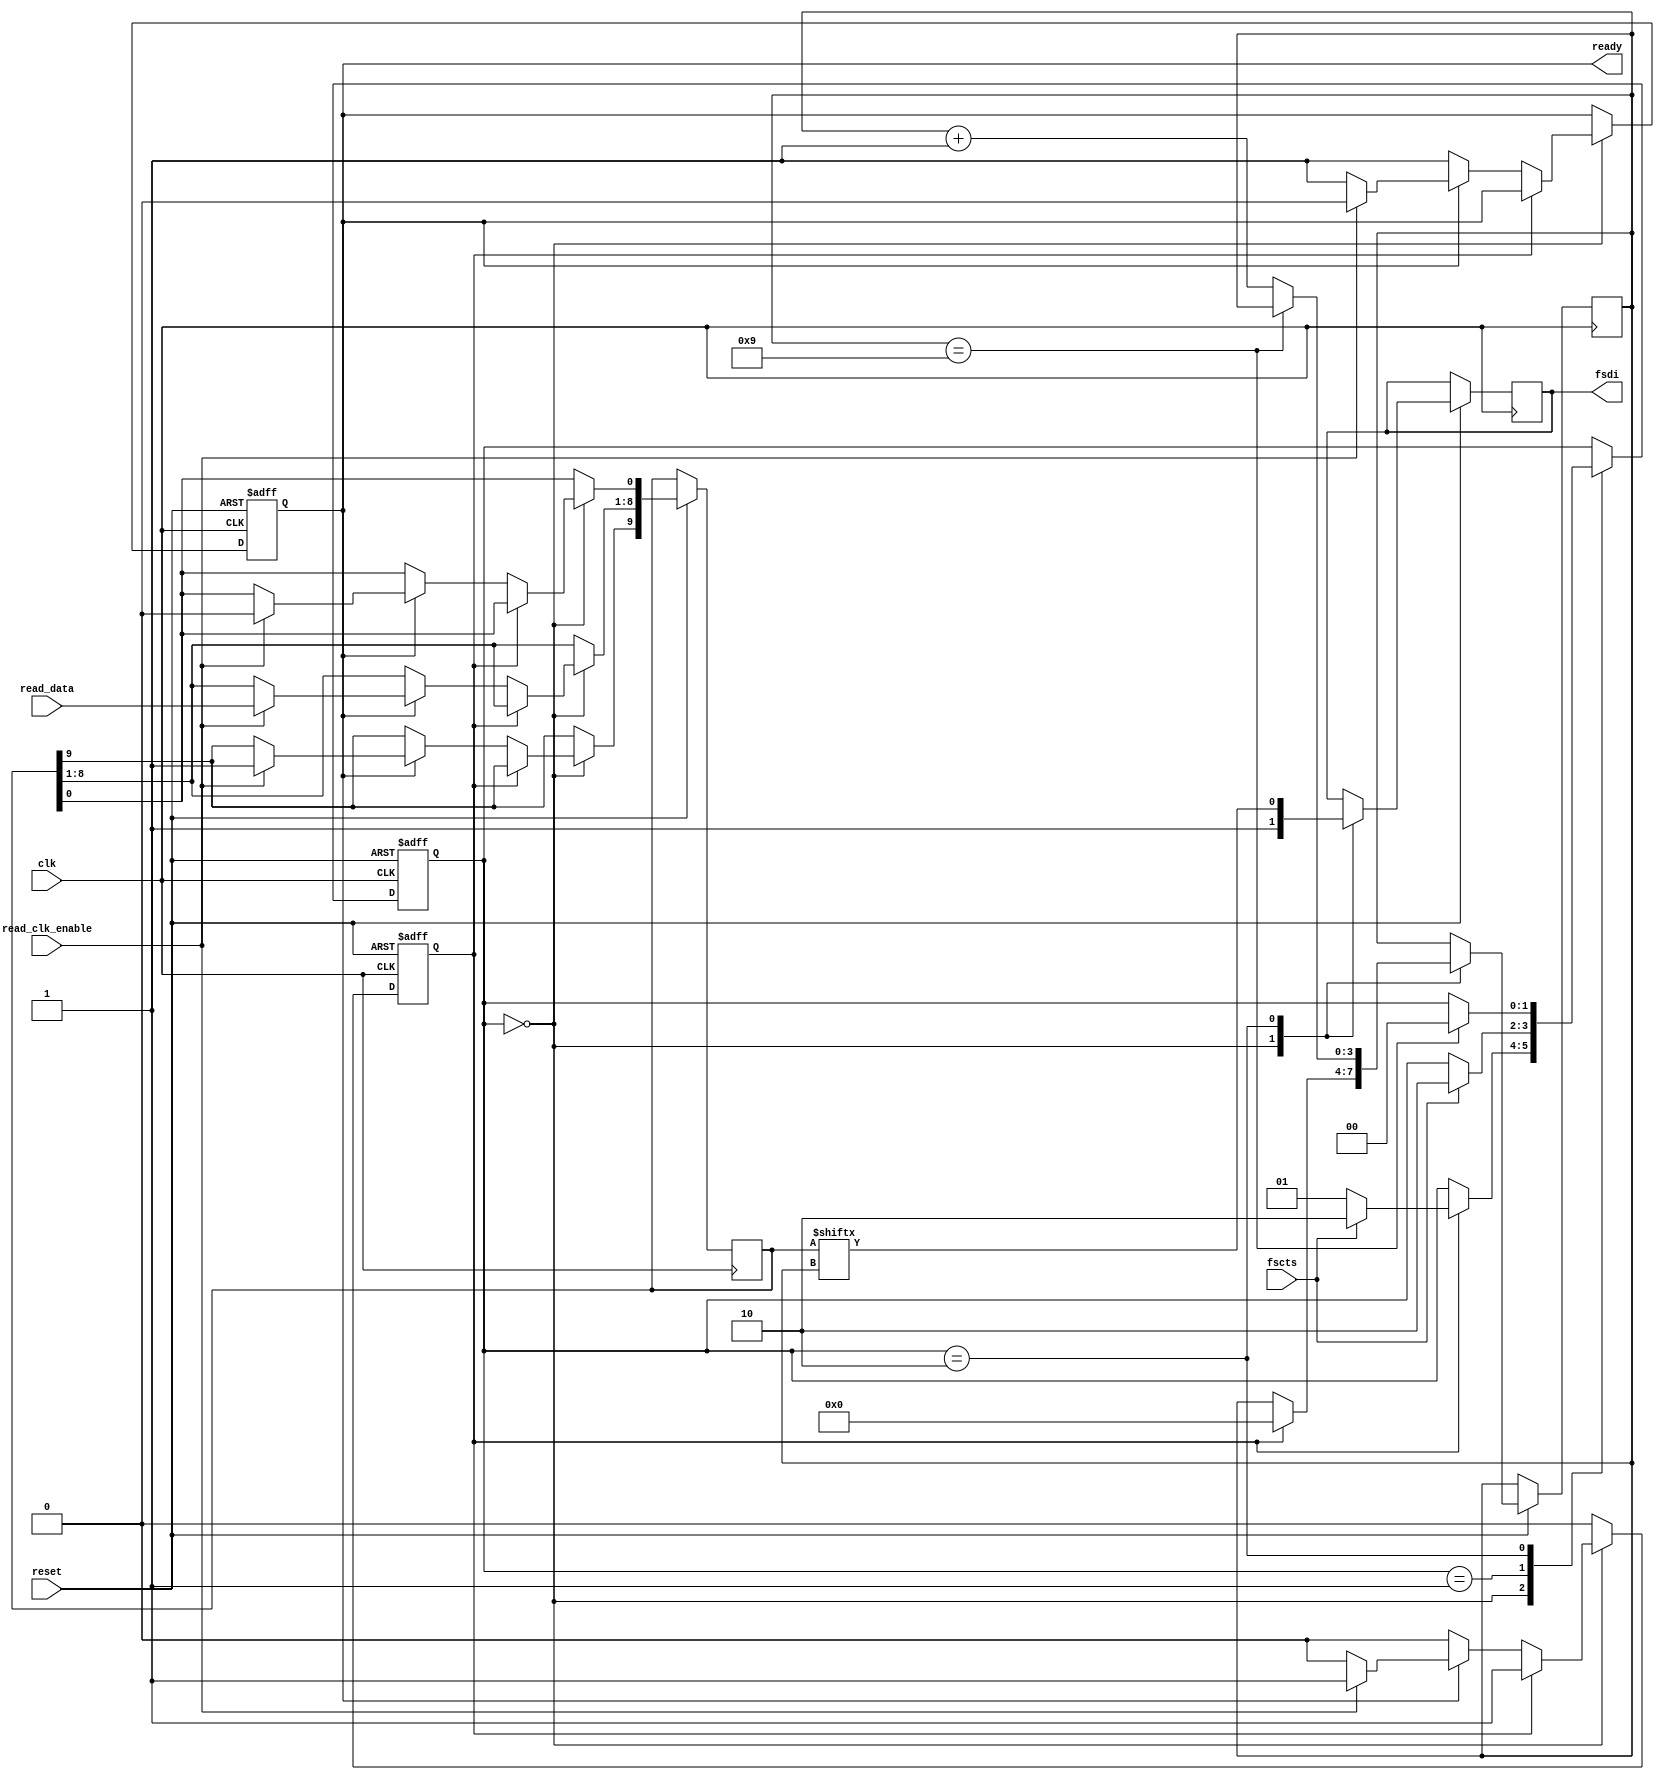
/*
 * iCEstick LPC TPM Sniffer (ftdi.v)
 * 
 * FTDI Fast Opto-Isolated Serial Interface Mode
 */

module ftdi(
	input wire clk,                         // clock
	input wire reset,                       // reset, active low   
	input wire [7:0] read_data,             // read data
	input wire read_clk_enable,             // read clock enable
	input wire fscts,                       // fast serial clear to send
	output reg ready,                       // ready to read new data
	output reg fsdi                         // fast serial data input
);

    // registers
	reg [9:0] data;                         // data
	reg new_data;                           // new data flag
	reg [3:0] bit_pos;                      // which is the next bit to transmit

    // state machine
	localparam[1:0] STATE_IDLE = 2'd0;
    localparam[1:0] STATE_WAIT_CTS = 2'd1;
    localparam[1:0] STATE_DATA = 2'd2;
    reg [1:0] state;

    // synchronous logic
	always @(posedge clk or negedge reset)
    begin
		if (~reset)
        begin
			ready <= 1'b0;
			new_data <= 1'b0;
		end
	    else begin
			if (state == STATE_IDLE)
            begin
				if (~new_data)
					if (~ready)
						ready <= 1'b1;
					else if (read_clk_enable)
                    begin
						/* start bit */
						data[0] <= 1'b0;
						data[8:1] <= read_data;
						/* channel bit */
						data[9] <= 1'b1;
						new_data <= 1'b1;
						ready <= 1'b0;
					end
			end
			else
			    new_data <= 1'b0;
		end
	end

	always @(posedge clk or negedge reset)
    begin
		if (~reset)
        begin
			state <= STATE_IDLE;
		end
		else begin
			case (state)
				STATE_IDLE:
                begin
					fsdi <= 1'b1;
					if (new_data)
                    begin
						bit_pos <= 1'b0;
						if (fscts)
							state <= STATE_DATA;
						else
							state <= STATE_WAIT_CTS;
					end
				end

				STATE_WAIT_CTS:
                begin
					if (fscts)
						state <= STATE_DATA;
				end

				STATE_DATA:
                begin
					fsdi <= data[bit_pos];
					if (bit_pos == 4'd9)
						state <= STATE_IDLE;
					else
						bit_pos <= bit_pos + 1'b1;
				end
			endcase
		end
	end

endmodule